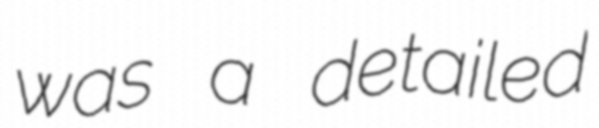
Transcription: was a detailed